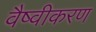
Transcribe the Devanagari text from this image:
वैष्वीकरण